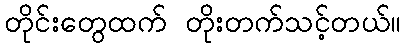
တိုင်းတွေထက် တိုးတက်သင့်တယ်။